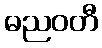
ဓညဝတီ